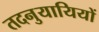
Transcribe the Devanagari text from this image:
तदनुयायियों